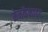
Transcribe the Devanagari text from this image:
मेनकॅनाइट